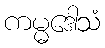
ကမ္မဒေါသံ